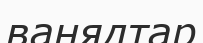
ванядтар